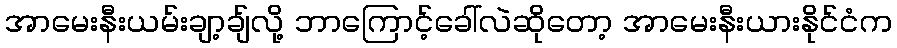
အာမေးနီးယမ်းချာ့ချ်လို့ ဘာကြောင့်ခေါ်လဲဆိုတော့ အာမေးနီးယားနိုင်ငံက